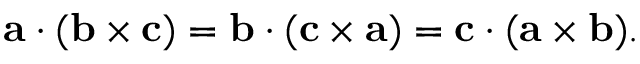
\mathbf { a } \cdot ( \mathbf { b } \times \mathbf { c } ) = \mathbf { b } \cdot ( \mathbf { c } \times \mathbf { a } ) = \mathbf { c } \cdot ( \mathbf { a } \times \mathbf { b } ) .